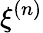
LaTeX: \xi^{(n)}